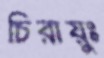
চিরায়ুঃ